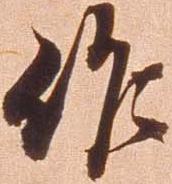
作